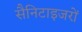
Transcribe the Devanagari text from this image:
सैनिटाइजरों